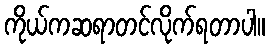
ကိုယ်ကဆရာတင်လိုက်ရတာပါ။